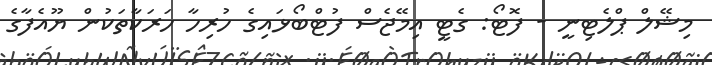
މިޝޭލް ޕްލެޓިނީ - ފޮޓޯ: ގެޓީ އިމޭޖެސް ފުޓްބޯޅައިގެ ހުރިހާ ހަރަކާތަކުން ޔޫއެފާގެ